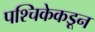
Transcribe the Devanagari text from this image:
पश्चिकेकडून